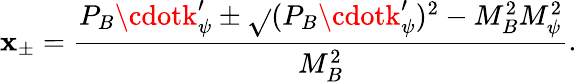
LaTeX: \mathbf{x}_{\pm}=\frac{{P_{B}\cdotk_{\psi}^{\prime}\pm\sqrt{}{{(P_{B}\cdotk_{\psi}^{\prime})^{2}-M_{B}^{2}M_{\psi}^{2}}}}}{{M_{B}^{2}}}.